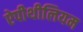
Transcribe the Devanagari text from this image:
ऐपीथीलियम